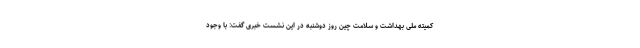
کمیته ملی بهداشت و سلامت چین روز دوشنبه در این نشست خبری گفت: با وجود